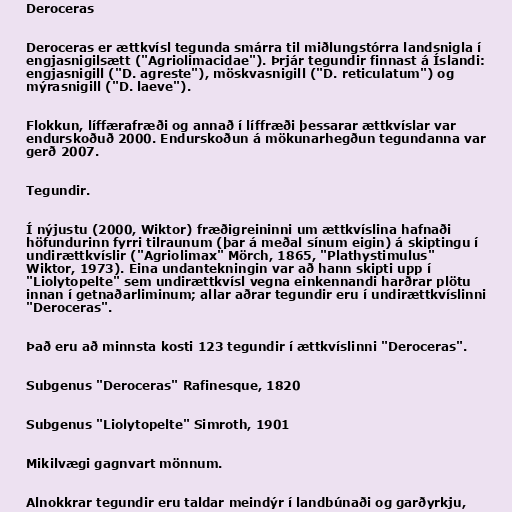
Deroceras

Deroceras er ættkvísl tegunda smárra til miðlungstórra landsnigla í
engjasnigilsætt ("Agriolimacidae"). Þrjár tegundir finnast á Íslandi:
engjasnigill ("D. agreste"), möskvasnigill ("D. reticulatum") og
mýrasnigill ("D. laeve").

Flokkun, líffærafræði og annað í líffræði þessarar ættkvíslar var
endurskoðuð 2000. Endurskoðun á mökunarhegðun tegundanna var
gerð 2007.

Tegundir.

Í nýjustu (2000, Wiktor) fræðigreininni um ættkvíslina hafnaði
höfundurinn fyrri tilraunum (þar á meðal sínum eigin) á skiptingu í
undirættkvíslir ("Agriolimax" Mörch, 1865, "Plathystimulus"
Wiktor, 1973). Eina undantekningin var að hann skipti upp í
"Liolytopelte" sem undirættkvísl vegna einkennandi harðrar plötu
innan í getnaðarliminum; allar aðrar tegundir eru í undirættkvíslinni
"Deroceras".

Það eru að minnsta kosti 123 tegundir í ættkvíslinni "Deroceras".

Subgenus "Deroceras" Rafinesque, 1820

Subgenus "Liolytopelte" Simroth, 1901

Mikilvægi gagnvart mönnum.

Alnokkrar tegundir eru taldar meindýr í landbúnaði og garðyrkju,